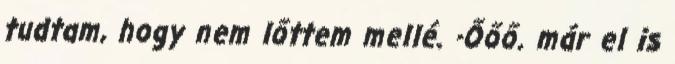
tudtam, hogy nem lőttem mellé. -Őőő. már el is